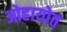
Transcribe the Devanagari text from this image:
ओहायोत